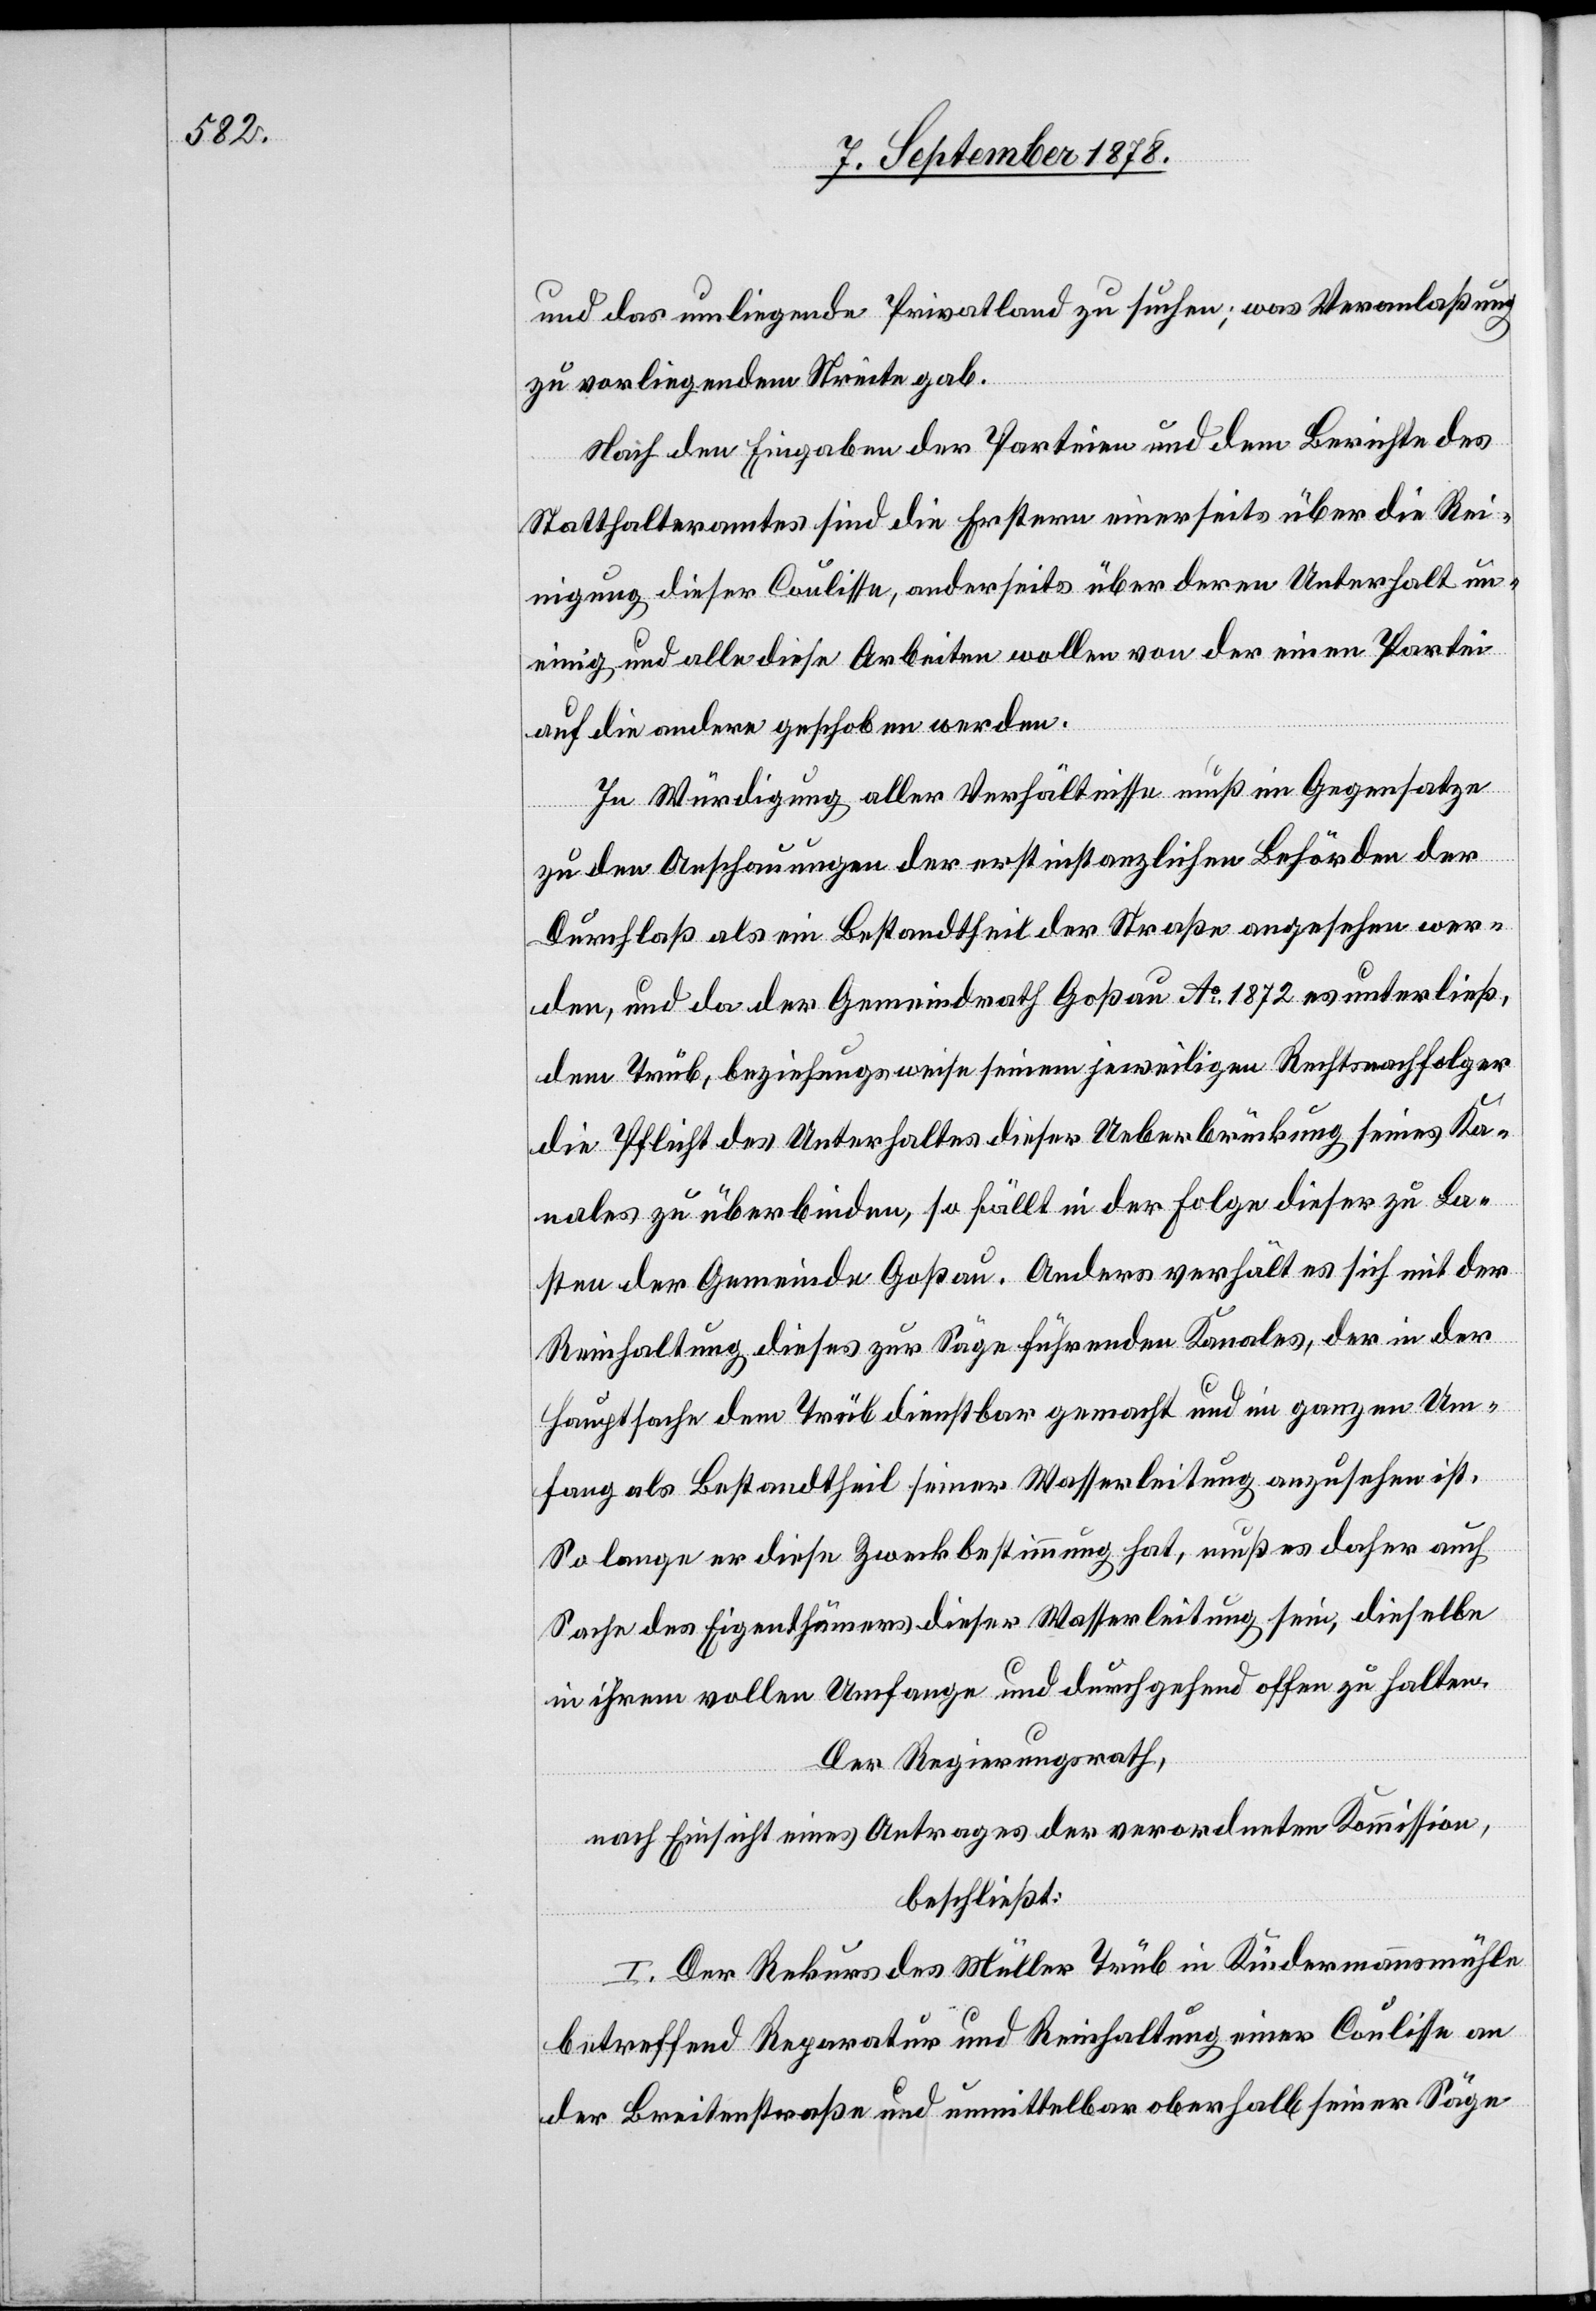
und das umliegende Privatland zu suchen; was Veranlaßung
zu vorliegendem Streite gab.
Nach den Eingaben der Parteien und dem Berichte des
Statthalteramtes sind die Erstern einerseits über die Rei¬
nigung dieser Coulisse, anderseits über deren Unterhalt un¬
einig und alle diese Arbeiten wollen von der einen Partei
auf die andere geschoben werden.
In Würdigung aller Verhältnisse muß im Gegensatze
zu den Anschauungen der erstinstanzlichen Behörden der
Durchlaß als ein Bestandtheil der Straße angesehen wer¬
den, und da der Gemeindrath Goßau Ao 1872 es unterließ,
dem Trüb, beziehungsweise seinem jeweiligen Rechtsnachfolger
die Pflicht des Unterhaltes dieser Überbrückung seines Ka¬
nales zu überbinden, so fällt in der Folge dieser zu La¬
sten der Gemeinde Goßau. Anders verhält es sich mit der
Reinhaltung dieses zur Säge führenden Kanales, der in der
Hauptsache dem Trüb dienstbar gemacht und im ganzen Um¬
fang als Bestandtheil seiner Wasserleitung anzusehen ist.
So lange er diese Zweckbestimmung hat, muß es daher auch
Sache des Eigenthümers dieser Wasserleitung sein, dieselbe
in ihrem vollen Umfange und durchgehend offen zu halten.
Der Regierungsrath,
nach Einsicht eines Antrages der verordneten Kommission,
beschließt:
I. Der Rekurs des Müller Trüb in Kindermannsmühle
betreffend Reparatur und Reinhaltung einer Coulisse an
der Breitenstraße und unmittelbar oberhalb seiner Säge